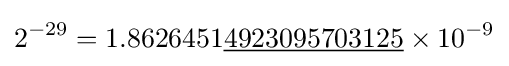
2^{-29}=1.8626451{\underline {4923095703125}}\times 10^{-9}